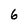
Character: 6